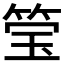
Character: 𮵳